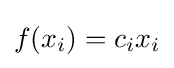
f(x_{i})=c_{i}x_{i}